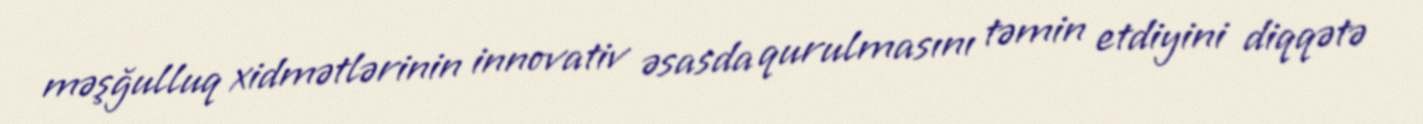
məşğulluq xidmətlərinin innovativ əsasda qurulmasını təmin etdiyini diqqətə